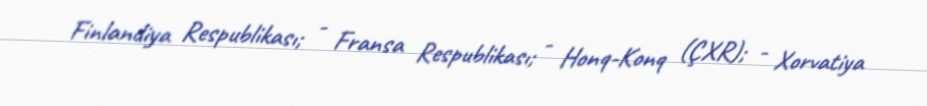
Finlandiya Respublikası; - Fransa Respublikası; - Honq-Konq (ÇXR); - Xorvatiya